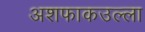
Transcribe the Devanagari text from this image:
अशफाकउल्ला